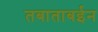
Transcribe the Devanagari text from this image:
तबाताबईन